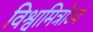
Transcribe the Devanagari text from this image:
विश्वामित्रोऽयं